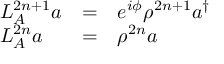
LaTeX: \begin{array} { l c l } { { { \cal L } _ { A } ^ { 2 n + 1 } a } } & { { = } } & { { e ^ { i \phi } \rho ^ { 2 n + 1 } a ^ { \dagger } } } \\ { { { \cal L } _ { A } ^ { 2 n } a } } & { { = } } & { { \rho ^ { 2 n } a } } \end{array}